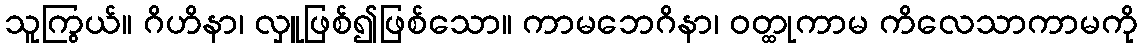
သူကြွယ်။ ဂိဟိနာ၊ လှူဖြစ်၍ဖြစ်သော။ ကာမဘေဂိနာ၊ ဝတ္ထုကာမ ကိလေသာကာမကို